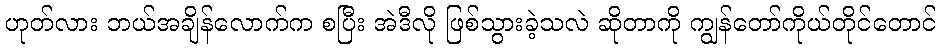
ဟုတ်လား ဘယ်အချိန်လောက်က စပြီး အဲဒီလို ဖြစ်သွားခဲ့သလဲ ဆိုတာကို ကျွန်တော်ကိုယ်တိုင်တောင်